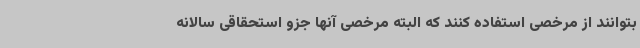
بتوانند از مرخصی استفاده کنند که البته مرخصی آنها جزو استحقاقی سالانه